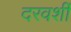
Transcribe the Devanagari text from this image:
दरवर्शी